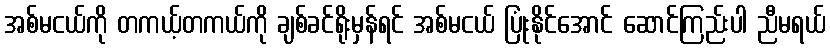
အစ်မငယ်ကို တကယ့်တကယ်ကို ချစ်ခင်ရိုးမှန်ရင် အစ်မငယ် ပြုံးနိုင်အောင် ဆောင်ကြည်းပါ ညီမရယ်